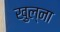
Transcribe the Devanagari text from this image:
खुल्ना